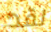
لقد